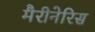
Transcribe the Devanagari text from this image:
मैरीनेरिस